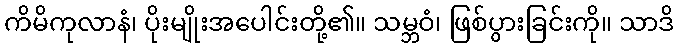
ကိမိကုလာနံ၊ ပိုးမျိုးအပေါင်းတို့၏။ သမ္ဘဝံ၊ ဖြစ်ပွားခြင်းကို။ သာဒိ